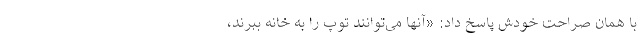
با همان صراحت خودش پاسخ داد: «آنها می‌توانند توپ را به خانه ببرند،